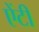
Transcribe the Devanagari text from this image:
एेंटी